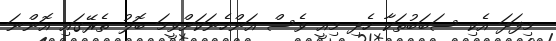
މިފަދަ އެކި ސަބަބުތަކާ ހެދި މިއީ ވެސް އަންހެނަކަށްވީމަ ބޮލު ތެރޭގައި އޮންނަ